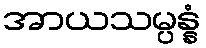
အာယသမ္ပန္နံ